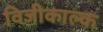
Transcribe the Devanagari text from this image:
विजीकाल्क